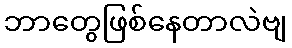
ဘာတွေဖြစ်နေတာလဲဗျ